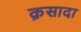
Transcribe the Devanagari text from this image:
क़सादा